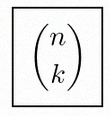
\binom{n}{k}